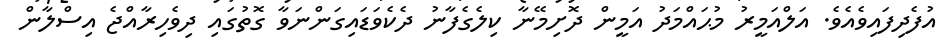
އުފެދިފައިވެއެވެ. އަލްއަމީރު މުޙައްމަދު އަމީން ދޮށިމޭނާ ކިލެގެފާނު ދެކެވަޑައިގަންނަވާ ގޮތުގައި ދިވެހިރާއްޖެ އިސްލާން